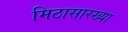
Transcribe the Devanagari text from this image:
मिठासारख्या